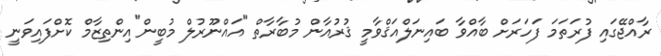
ރާއްޖޭގައި ފުރަތަމަ ފަހަރަށް ބާއްވާ ބައިނަލްއަޤްވާމީ ޤުރުއާން މުބާރާތް "އައްނޫރުލް މުބީން"އިންތިޒާމް ކޮށްފައިވަނީ